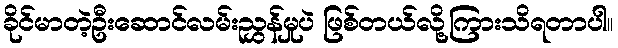
ခိုင်မာတဲ့ဦးဆောင်လမ်းညွှန်မှုပဲ ဖြစ်တယ်လို့ကြားသိရတာပါ။